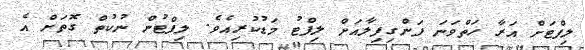
ލިފްޓަށް އަރާ ހަތްވަނަ ފަންގިފިލާއަށް ލިފްޓު މަޑުކުރިއެވެ. ލިފްޓުން ނުކުތް ގޮތަށް އެ